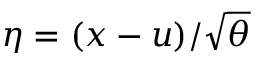
\eta = ( x - u ) / \sqrt { \theta }